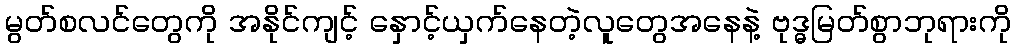
မွတ်စလင်တွေကို အနိုင်ကျင့် နှောင့်ယှက်နေတဲ့လူတွေအနေနဲ့ ဗုဒ္ဓမြတ်စွာဘုရားကို